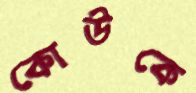
কোউকে